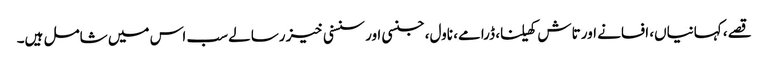
قصے، کہانیاں، افسانے اور تاش کھیلنا، ڈرامے، ناول، جنسی اور سنسنی خیز رسالے سب اس میں شامل ہیں۔